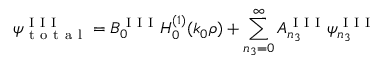
\psi _ { \mathrm { ~ t ~ o ~ t ~ a ~ l ~ } } ^ { \mathrm { ~ I ~ I ~ I ~ } } = B _ { 0 } ^ { \mathrm { ~ I ~ I ~ I ~ } } H _ { 0 } ^ { ( 1 ) } ( k _ { 0 } \rho ) + \sum _ { n _ { 3 } = 0 } ^ { \infty } A _ { n _ { 3 } } ^ { \mathrm { ~ I ~ I ~ I ~ } } \psi _ { n _ { 3 } } ^ { \mathrm { ~ I ~ I ~ I ~ } }